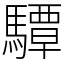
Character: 驔